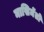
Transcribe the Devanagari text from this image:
नासिमेंतो